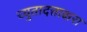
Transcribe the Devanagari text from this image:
च्युतादत्ताक्षरा